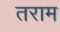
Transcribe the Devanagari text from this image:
तराम